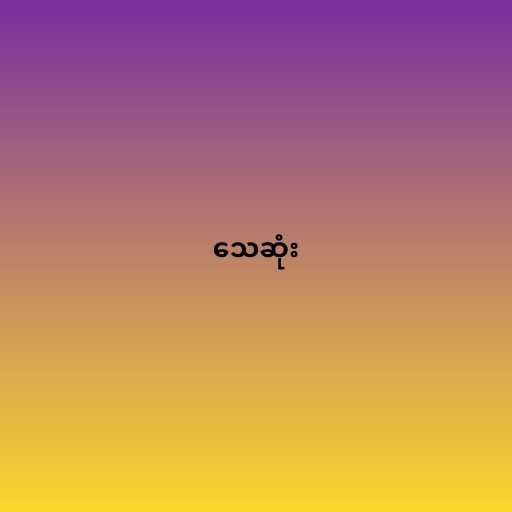
သေဆုံး